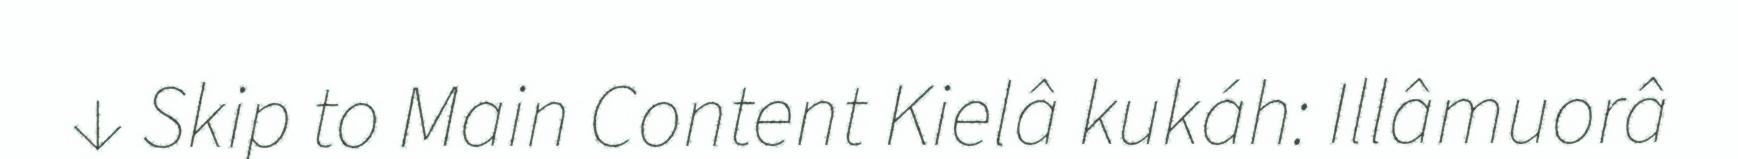
↓ Skip to Main Content Kielâ kukáh: Illâmuorâ